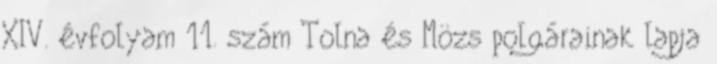
XIV. évfolyam 11. szám Tolna és Mözs polgárainak lapja